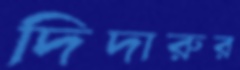
দিদারুর